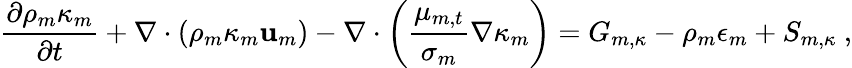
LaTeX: \frac{\partial\rho_{m}\kappa_{m}}{\partial t}+\nabla\cdot\left(\rho_{m}\kappa_{m}\mathbf{u}_{m}\right)-\nabla\cdot\left(\frac{\mu_{m,t}}{\sigma_{m}}\nabla\kappa_{m}\right)=G_{m,\kappa}-\rho_{m}\epsilon_{m}+S_{m,\kappa}\ ,